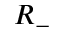
R _ { - }